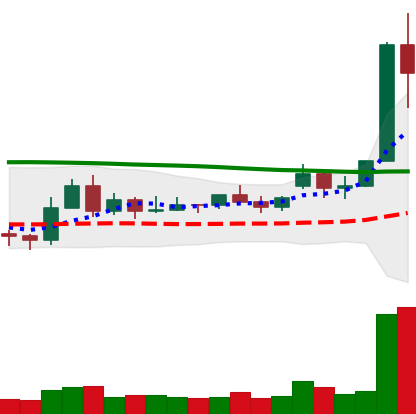
Ticker: XLM-USD
Chart end date: 2020-11-22
Forward return: 99.379%
Label: up_7plus